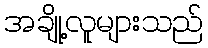
အချို့လူများသည်